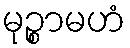
မုဉ္စာမဟံ